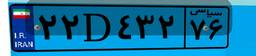
۲۲D۴۳۲۷۶